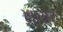
ખાચર